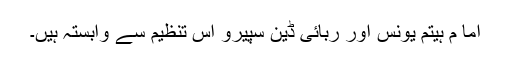
اما م ہیتم یونس اور ربائی ڈین سپیرو اس تنظیم سے وابستہ ہیں۔